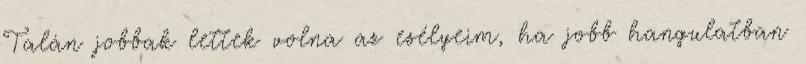
Talán jobbak lettek volna az esélyeim, ha jobb hangulatban